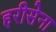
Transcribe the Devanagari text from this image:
हरीसेना